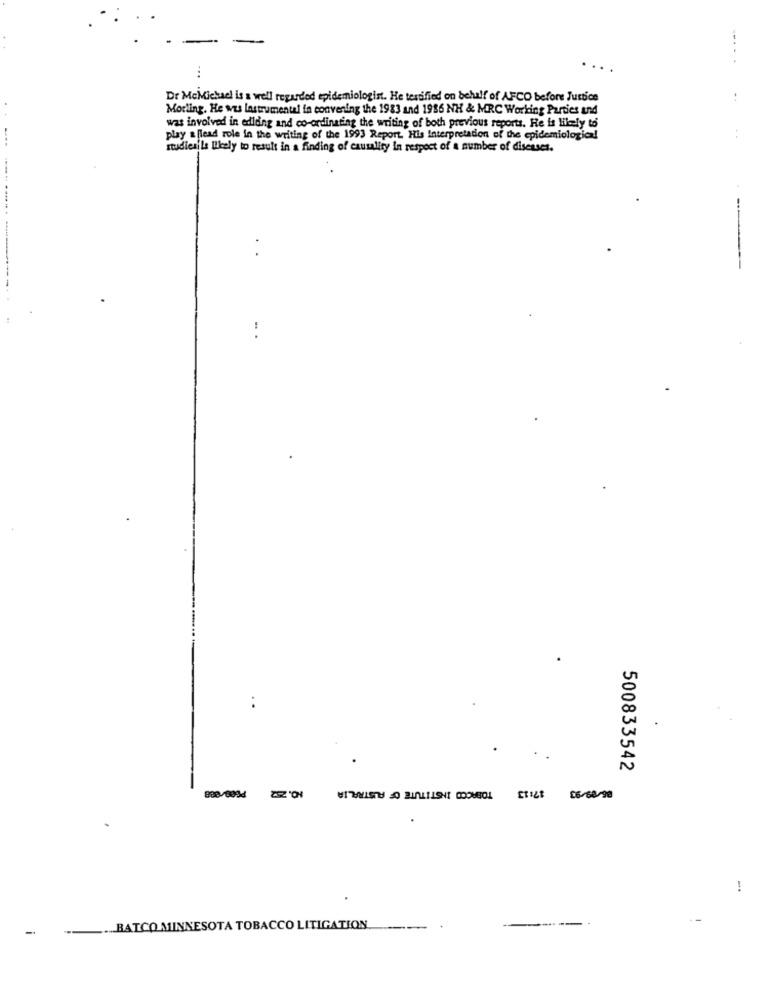
--.. .
..
Dr McMichael is a well regarded epidemiologist. He terrified on behalf of AFCO before Justice
Morling. He was lastrumental in convening the 1983 and 1986 NH & MRC Working Parties und
was involved in edlding and co-ordinating the writing of both previous reports. Re is Hiiely to
play a [lead role in the writing of the 1993 Report. His Interpretation of the epidemiological
studiesils likely to result in a finding of causality in respect of a number of diseases.
-
---
500833542
TOBACCO INSTITUTE OF AUSTRALIA
ETILE £6/68-98
!
-
.. BATCO MINNESOTA TOBACCO LITIGATION.